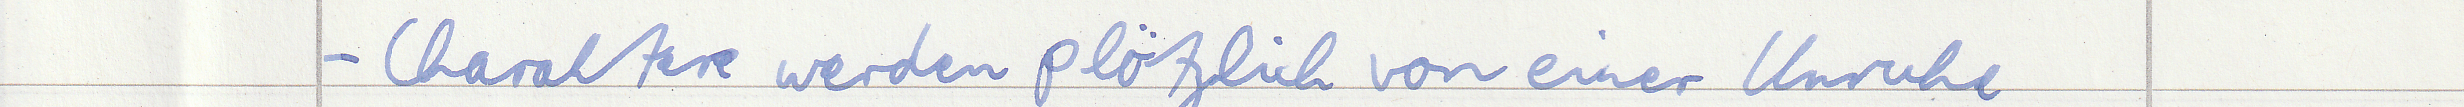
- Charaktere werden plötzlich von einer Unruhe